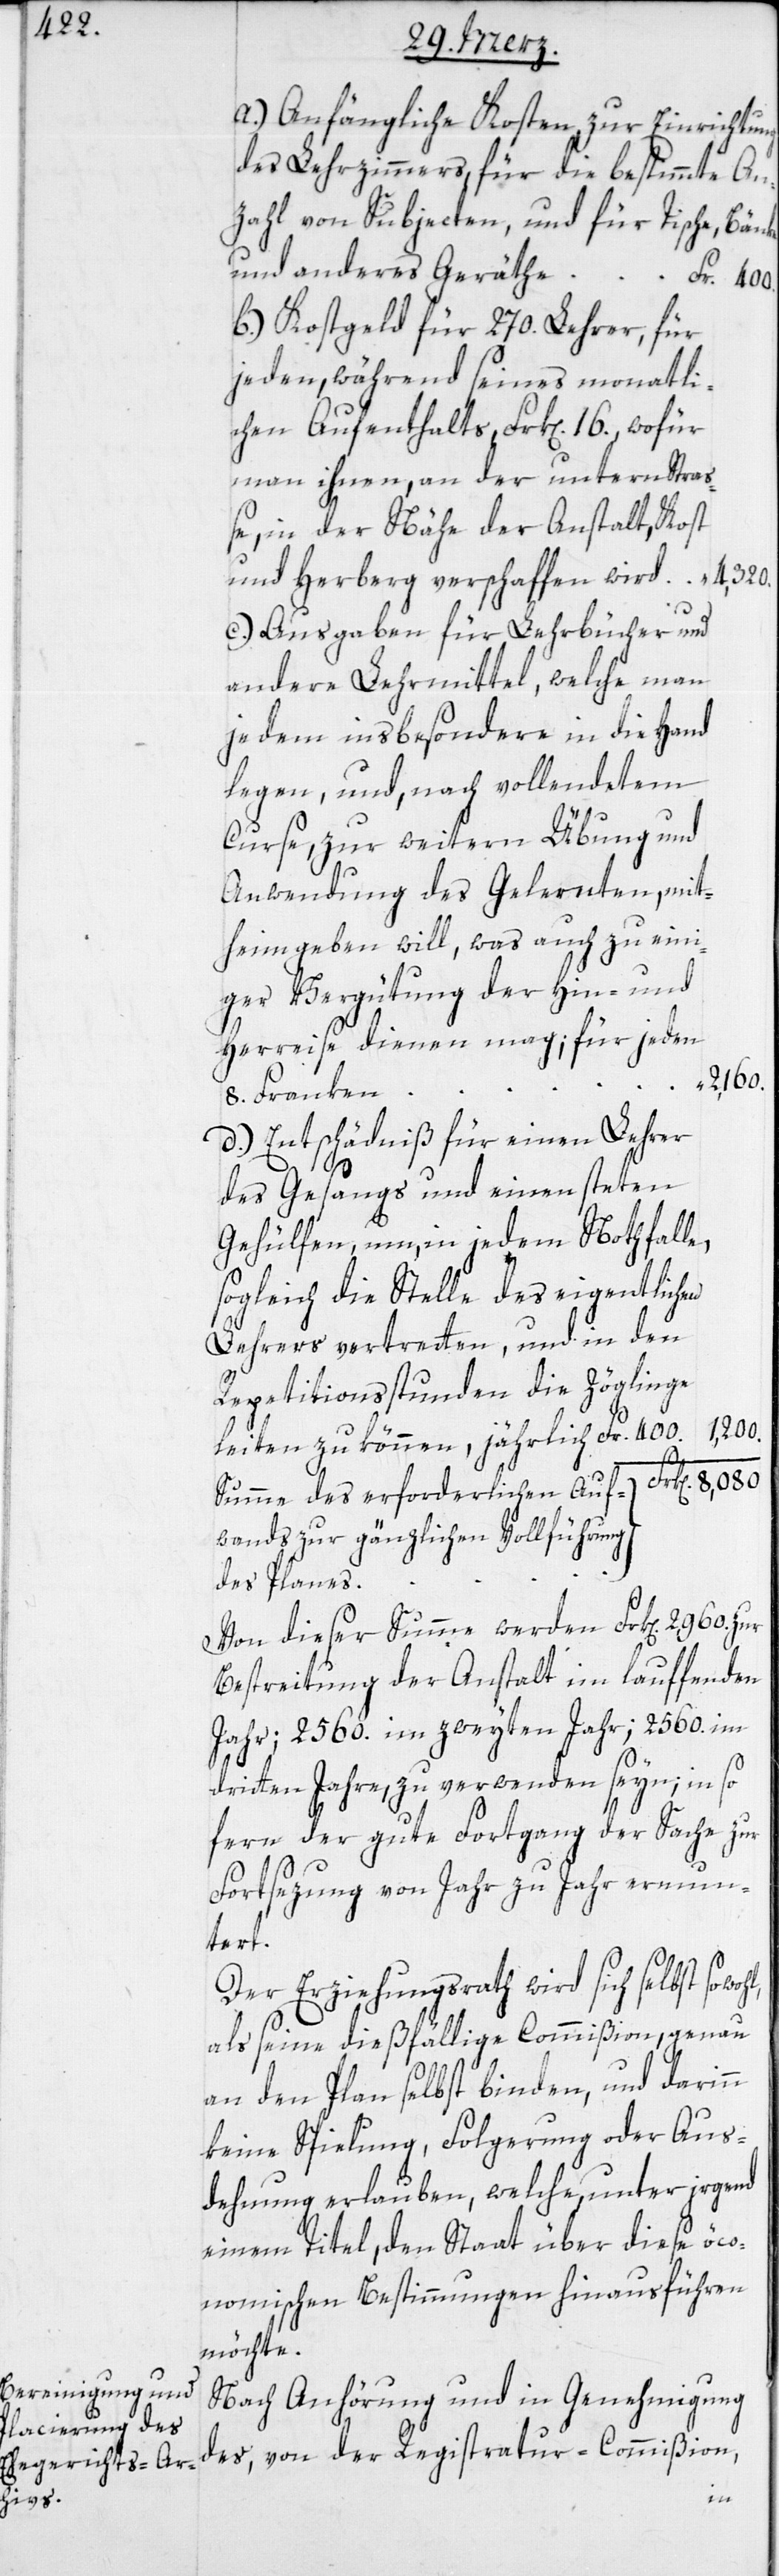
a) Anfängliche Kosten, zur Einrichtung
des Lehrzimmers, für die bestimmte An¬
zahl von Subjecten, und für Tische, Bänke
b) Kostgeld für 270. Lehrer, für
jeden während seines monatli¬
chen Aufenthalts Frk[en]. 16, wofür
man ihnen, an der untern Stra¬
ße, in der Nähe der Anstalt, Kost
und Herberg verschaffen wird
c.) Ausgaben für Lehrbücher und
andere Lehrmittel, welche man
jedem insbesondere in die Hand
legen, und, nach vollendetem
Curse, zur weitern Übung und
Anwendung des Gelernten, mit¬
heimgeben will, was auch zu eini¬
ger Vergütung der Hin- und
Herreise dienen mag; für jeden
2,160.
8. Franken
d.) Entschädniß für einen Lehrer
Fr.
des Gesangs und einen steten
Gehülfen, um, in jedem Nothfalle,
sogleich die Stelle des eigentlichen
Lehrers vertretten, und in den
Repetitionsstunden die Zöglinge
1,200.
leiten zu können, jährlich Fr. 400.
Summe des erforderlichen Auf¬
wands zur gänzlichen Vollführung
des Plans
Von dieser Summe werden Frk[en]. 2,960. zur
Bestreitung der Anstalt im lauffenden
Jahr; 2560. im zweyten Jahr; 2'560. im
dritten Jahre, zu verwenden seyn; in so
fern der gute Fortgang der Sache zur
Fortsezung von Jahr zu Jahr ermun¬
wohl,
Der Erziehungsrath wird sich selbst so¬
als seine dießfällige Commißion, genau
an den Plan selbst binden, und darinn
keine Spielung, Folgerung oder Aus¬
dehnung erlauben, welche, unter irgend
einem Titel, den Staat über diese öco¬
nomischen Bestimmungen hinausführen
möchte.
Nach Anhörung und in Genehmigung
des, von der Registratur-Commißion,
und